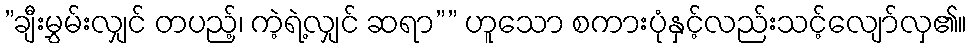
”ချီးမွှမ်းလျှင် တပည့်၊ ကဲ့ရဲ့လျှင် ဆရာ”” ဟူသော စကားပုံနှင့်လည်းသင့်လျော်လှ၏။